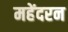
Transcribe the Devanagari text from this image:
महेंदरन